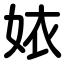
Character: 㛄